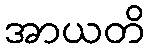
အာယတိ